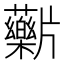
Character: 𬌖